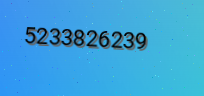
5233826239